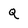
Character: Q